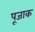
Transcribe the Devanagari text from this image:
पूजाक